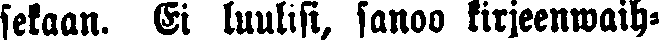
sekaan. Ei luulisi, sanoo kirjeenwaih-